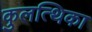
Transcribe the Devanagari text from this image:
कुलत्थिका